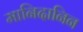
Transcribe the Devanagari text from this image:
मानिदानिन